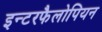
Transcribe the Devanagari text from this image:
इन्टरफैलोपियन